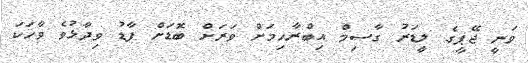
ވަނީ ޖޭޕީގެ ލީޑަރު ގާސިމް އިބްރާހިމަށް ވަރަށް ބޮޑަށް ފާޑު ވިދާޅުވެ ވާހަކަ